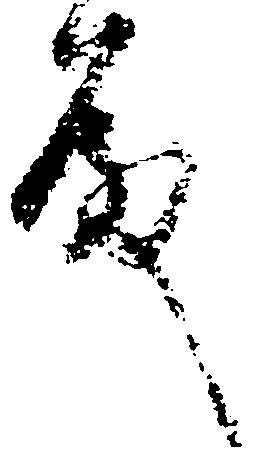
殿